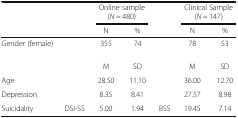
<table><thead><tr><td></td><td></td><td colspan="2"><b>Online sample (<i>N</i> = 480)</b></td><td></td><td colspan="2"><b>Clinical Sample (<i>N</i> = 147)</b></td></tr><tr><td></td><td></td><td><b>N</b></td><td><b>%</b></td><td></td><td><b>N</b></td><td><b>%</b></td></tr></thead><tbody><tr><td>Gender (female)</td><td></td><td>355</td><td>74</td><td></td><td>78</td><td>53</td></tr><tr><td></td><td></td><td>M</td><td>SD</td><td></td><td>M</td><td>SD</td></tr><tr><td>Age</td><td></td><td>28.50</td><td>11.10</td><td></td><td>36.00</td><td>12.70</td></tr><tr><td>Depression</td><td></td><td>8.35</td><td>8.41</td><td></td><td>27.57</td><td>8.98</td></tr><tr><td>Suicidality</td><td>DSI-SS</td><td>5.00</td><td>1.94</td><td>BSS</td><td>19.45</td><td>7.14</td></tr></tbody></table>